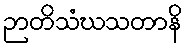
ဉာတိသံဃသတာနိ